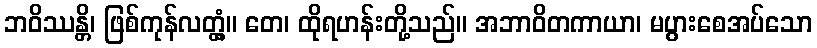
ဘဝိဿန္တိ၊ ဖြစ်ကုန်လတ္တံ့။ တေ၊ ထိုရဟန်းတို့သည်။ အဘာဝိတကာယာ၊ မပွားစေအပ်သော